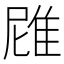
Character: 𮥻